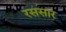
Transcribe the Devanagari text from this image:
रससार